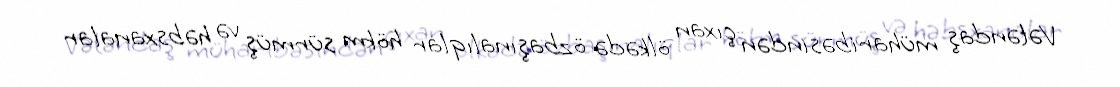
Vətəndaş müharibəsindən çıxan ölkədə özbaşınalıqlar hökm sürmüş və həbsxanalar